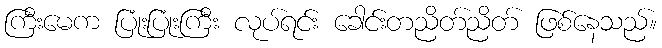
ကြီးမေက ပြုံးပြုံးကြီး လုပ်ရင်း ခေါင်းတညိတ်ညိတ် ဖြစ်နေသည်။